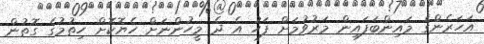
އަހަރެންގެ މައިންބަފައިން މަރުވުމަށް ފަހު އެ ދެ މީހުންނަށް ހެޔޮކޮށް ހިތުމުގެ ގޮތުން